Vaccination in Burma 1912-1922 - 1912-1922
Year: 1912
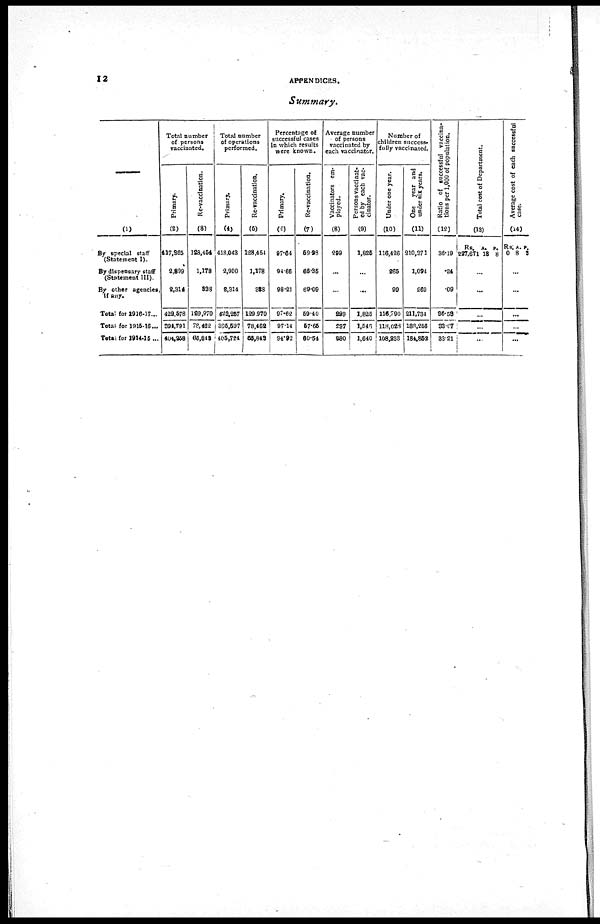
12
APPENDICES.
Summary.
—
(1)
By special staff
(Statement I).
By dispensary staff
(Statement III).
By other agencies,
if any.
Total for 1916-17...
Total for 1915-16...
Total for 1914-15...
Total number
of persons
vaccinated.
Primary.
(2)
417,365
2,899
2,314
422,578
394,791
404,258
Re-vaccination.
(3)
128,454
1,178
838
129,970
78,462
66,843
Total number
of operations
performed.
Primary.
(4)
418,043
2,900
2,314
423,257
395,597
405,724
Re-vaccination.
(5)
128,454
1,178
388
129,970
78,462
68,843
Percentage of
successful cases
in which results
were known.
Primary.
(6)
97.64
94.66
98.21
97.62
97.14
94.92
Re-vaccination.
(7)
59.28
66.35
69.09
59.40
57.65
60.54
Average number
of persons
vaccinated by
each vaccinator.
Vaccinators em-
ployed.
(8)
299
...
...
299
297
280
Persons vaccinat-
ed by each vac-
cinator.
(9)
1,825
...
...
1,825
1,546
1,640
Number of
children success-
fully vaccinated.
Under one year.
(10)
116,426
265
99
116,790
118,028
108,233
One year and
under six years.
(11)
210,371
1,094
269
211,734
188,256
184,852
Ratio of successful vaccina-
tions per 1,000 of population.
(12)
36.19
.24
.09
36.53
33.07
33.21
Total cost of Department.
(13)
Rs.
227,671
A.
13
P.
8
...
...
...
...
...
Average cost of each successful
case.
(14)
Rs.
0
A.
8
P.
3
...
...
...
...
...